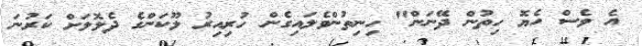
އެ ވެސް ހެޔޮ ހިތުން ދޭނަން" ހިނިތުންވެލައިގެން ހުރިއިރު ލޫކަންގެ ދެލޮލަށް ކަރުނަ